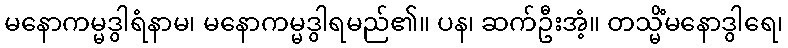
မနောကမ္မဒွါရံနာမ၊ မနောကမ္မဒွါရမည်၏။ ပန၊ ဆက်ဦးအံ့။ တသ္မိံမနောဒွါရေ၊